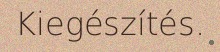
Kiegészítés.